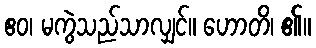
ဧဝ၊ မကွဲသည်သာလျှင်။ ဟောတိ၊ ၏။